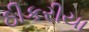
ઠીકરીયા